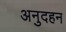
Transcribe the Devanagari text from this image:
अनुदहन